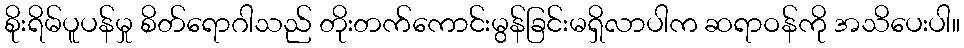
စိုးရိမ်ပူပန်မှု စိတ်ရောဂါသည် တိုးတက်ကောင်းမွန်ခြင်းမရှိလာပါက ဆရာဝန်ကို အသိပေးပါ။